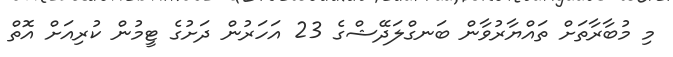
މި މުބާރާތަށް ތައްޔާރުވާން ބަނގްލަދޭޝްގެ 23 އަހަރުން ދަށުގެ ޓީމުން ކުރިއަށް އޮތް